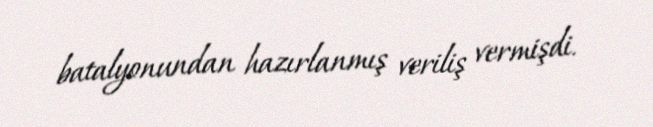
batalyonundan hazırlanmış veriliş vermişdi.